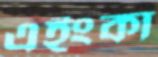
এইংকা